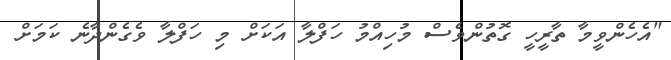
"އެހެންވީމާ ތާރީހީ ގޮތުންވެސް މުހިއްމު ހަފްލާ އަކަށް މި ހަފްލާ ވެގެންދާނެ ކަމަށް